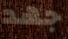
جهد